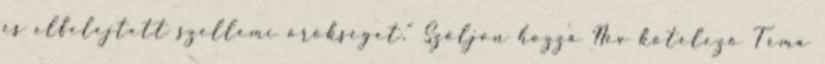
és elfelejtett szellemi örökséget." Szóljon hozzá Név kötelező Téma